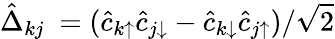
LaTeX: \hat{\Delta}_{kj}\ =(\hat{c}_{k\uparrow}\hat{c}_{j\downarrow}-\hat{c}_{k\downarrow}\hat{c}_{j\uparrow})/\sqrt{2}